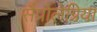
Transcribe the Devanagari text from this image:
सैप्रोलेग्निया